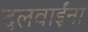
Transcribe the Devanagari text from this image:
दलवाईंना